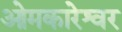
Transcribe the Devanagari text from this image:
ओमकारेश्वर